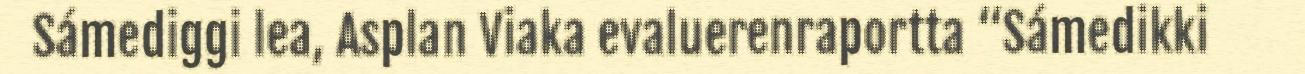
Sámediggi lea, Asplan Viaka evaluerenraportta “Sámedikki